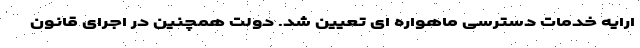
ارایه خدمات دسترسی ماهواره ای تعیین شد. دولت همچنین در اجرای قانون